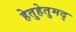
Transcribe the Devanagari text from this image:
हेतुहेतुमद्